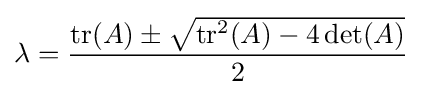
\lambda ={\frac {{\rm {tr}}(A)\pm {\sqrt {{\rm {tr}}^{2}(A)-4\det(A)}}}{2}}